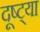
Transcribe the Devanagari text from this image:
दूष्ट्या